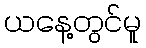
ယနေ့တွင်မူ